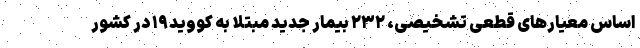
اساس معیارهای قطعی تشخیصی، ۲۳۲ بیمار جدید مبتلا به کووید۱۹ در کشور